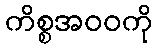
ကိစ္စအဝဝကို